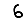
Digit: 6